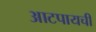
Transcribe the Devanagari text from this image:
आटपायची